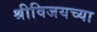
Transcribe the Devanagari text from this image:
श्रीविजयच्या